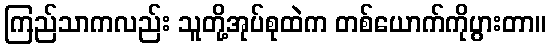
ကြည်သာကလည်း သူတို့အုပ်စုထဲက တစ်ယောက်ကိုပွားတာ။